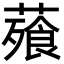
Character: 薞